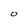
Character: O